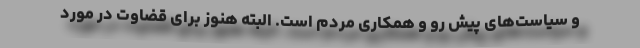
و سیاست‌های پیش رو و همکاری مردم است. البته هنوز برای قضاوت در مورد